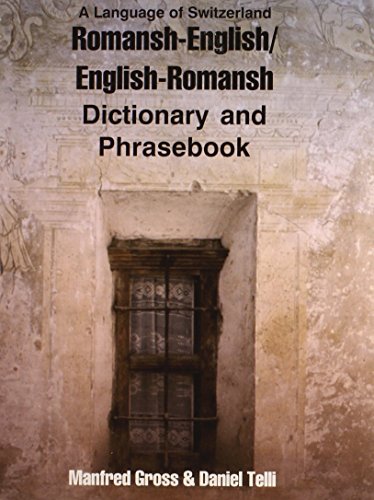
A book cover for Romansh-English/English-Romansh Dictionary and Phrasebook (Dictionary and Phrasebooks); Manfred Gross; Travel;